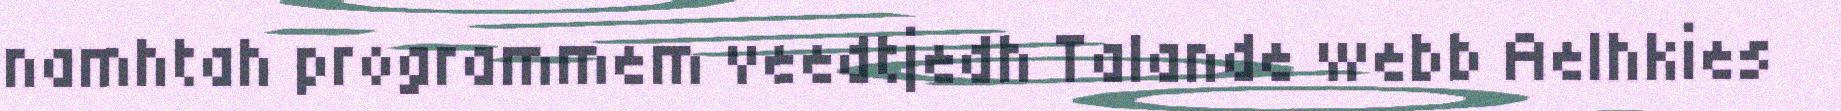
namhtah programmem veedtjedh Talande webb Aelhkies